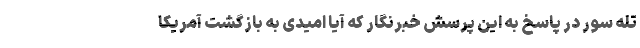
تله سور در پاسخ به این پرسش خبرنگار که آیا امیدی به بازگشت آمریکا